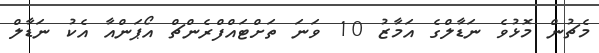
މެޗުން މޮޅުވެ ނަޑާލްގެ އަމާޒު 10 ވަނަ ތަށްޓައްފްރެންޗް އޯޕަންއާ އެކު ނަޑާލް